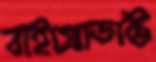
বাইপ্রোডাক্ট